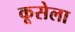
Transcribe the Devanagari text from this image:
कूसेला